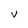
Character: V